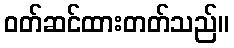
ဝတ်ဆင်ထားတတ်သည်။